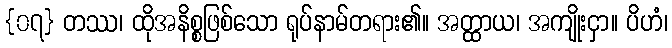
{၀၇} တဿ၊ ထိုအနိစ္စဖြစ်သော ရုပ်နာမ်တရား၏။ အတ္ထာယ၊ အကျိုးငှာ။ ပိဟံ၊